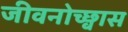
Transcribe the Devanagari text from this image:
जीवनोच्छ्वास